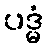
ပဒ္မံ